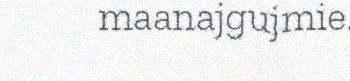
maanajgujmie.